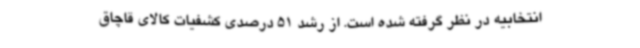
انتخابیه در نظر گرفته شده است. از رشد 51 درصدی کشفیات کالای قاچاق